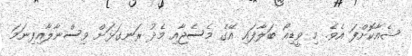
ޝެއާކޮށްފަ އެވެ. މި ވީޑިއޯ ބަލާފައި އޭގެ މެސެޖާއި މެދު ރަނގަޅަށް ވިސްނާލާއިފިނަމަ